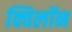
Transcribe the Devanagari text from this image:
क्विलॉन